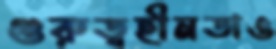
গুরুত্বহীনতাও